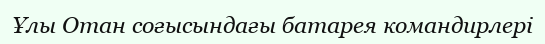
Ұлы Отан соғысындағы батарея командирлері